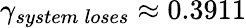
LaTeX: \gamma_{system\: loses}\approx 0.3911